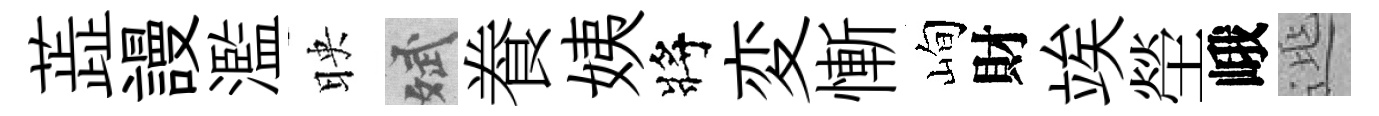
蕋謾濫映斌飬姨將変慚峋財竢塋峨𨓱